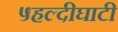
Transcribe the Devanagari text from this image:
५हल्दीघाटी